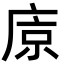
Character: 𢈴